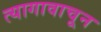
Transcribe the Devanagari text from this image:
त्यागावाचून